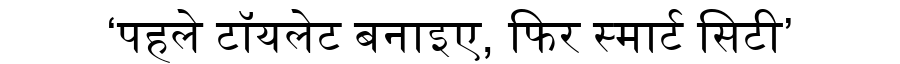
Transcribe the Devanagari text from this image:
‘पहले टॉयलेट बनाइए, फिर स्मार्ट सिटी’